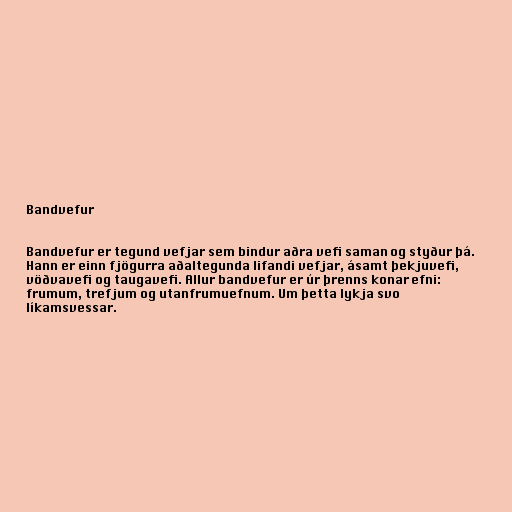
Bandvefur

Bandvefur er tegund vefjar sem bindur aðra vefi saman og styður þá.
Hann er einn fjögurra aðaltegunda lifandi vefjar, ásamt þekjuvefi,
vöðvavefi og taugavefi. Allur bandvefur er úr þrenns konar efni:
frumum, trefjum og utanfrumuefnum. Um þetta lykja svo
líkamsvessar.